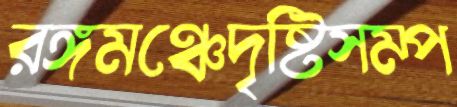
রঙ্গমঞ্চেদৃষ্টিসম্প